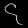
Digit: ၄